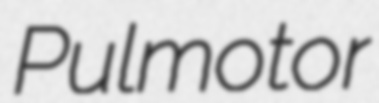
Pulmotor